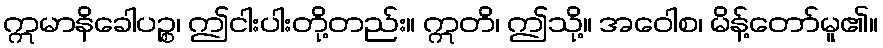
ဣမာနိခေါပဉ္စ၊ ဤငါးပါးတို့တည်း။ ဣတိ၊ ဤသို့။ အဝေါစ၊ မိန့်တော်မူ၏။